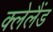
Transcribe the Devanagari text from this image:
क्लेलैंड